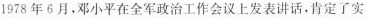
1978年6月，邓小平在全军政治工作会议上发表讲话，肯定了实